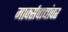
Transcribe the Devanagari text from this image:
मार्क्‍सवाद्यांवर